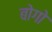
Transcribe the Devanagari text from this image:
बोगो